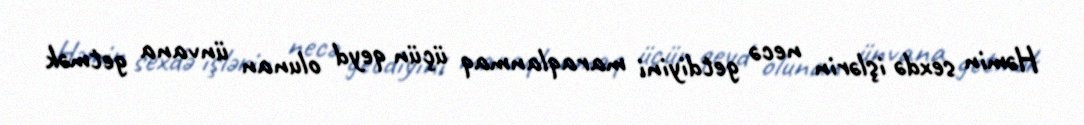
Həmin sexdə işlərin necə getdiyini maraqlanmaq üçün qeyd olunan ünvana getmək